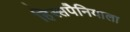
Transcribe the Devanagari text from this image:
हिस्सपैनियाला